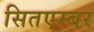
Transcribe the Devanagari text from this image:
सितएम्बर